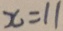
x = 1 1